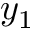
y _ { 1 }